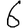
Digit: 6